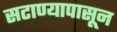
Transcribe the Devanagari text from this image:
सटाण्यापासून